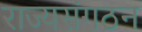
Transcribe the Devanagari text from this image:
राज्यसंगठन